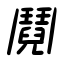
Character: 鬩